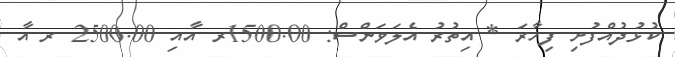
ކުޅުދުއްފުށި ފިހާރަ * އިތުރު އެލަވަންސް: 1500.00ރ އާއި 2500.00 ރ އާ